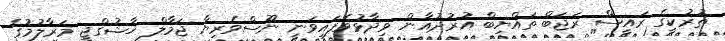
ތުރުކީގެ ރައީސް ރަޖަބް ތައްޔިބް އުރުދުޣާން ވިދާޅުވެފައިވަނީ ނޫސްވެރިޔާ ޖަމާލް ޚާޝުގްޖީ މަރާލުމުގެ